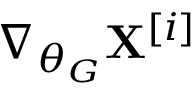
\nabla _ { \theta _ { G } } \mathbf { X } ^ { [ i ] }